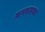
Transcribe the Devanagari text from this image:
जगनमाता